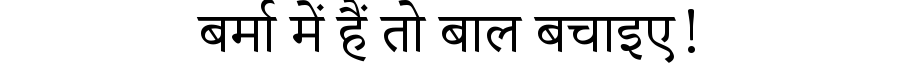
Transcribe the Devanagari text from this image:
बर्मा में हैं तो बाल बचाइए!